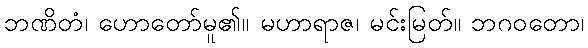
ဘဏိတံ၊ ဟောတော်မူ၏။ မဟာရာဇ၊ မင်းမြတ်။ ဘဂဝတော၊